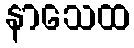
နာသေထ